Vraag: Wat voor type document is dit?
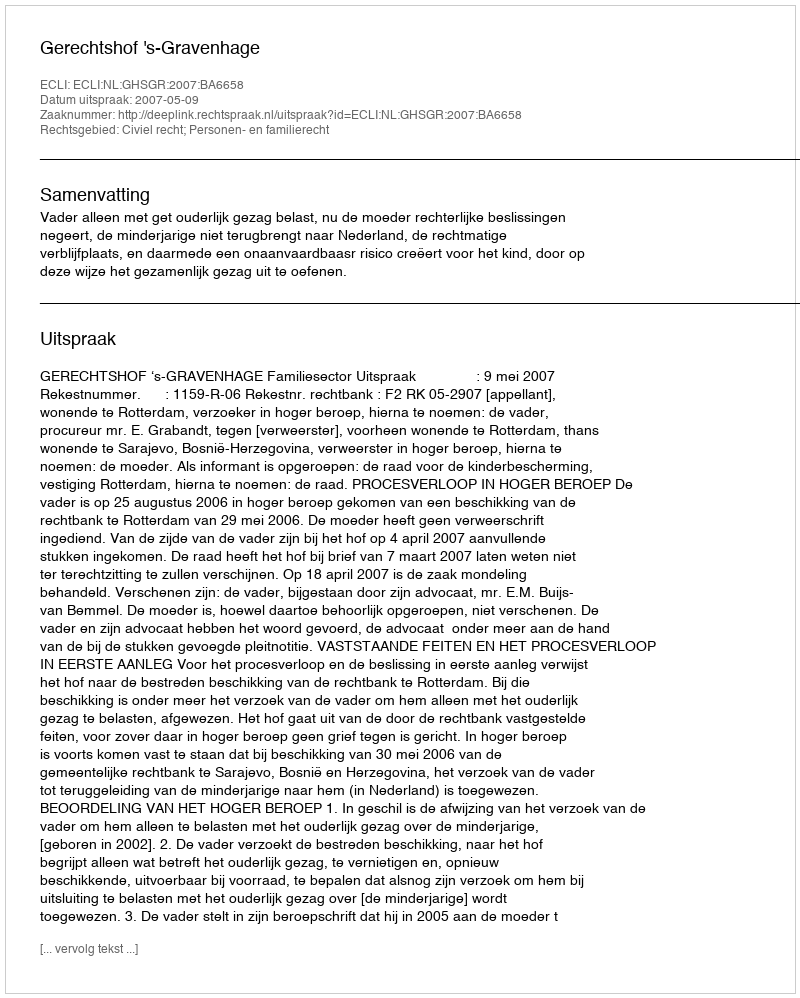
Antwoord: Uitspraak